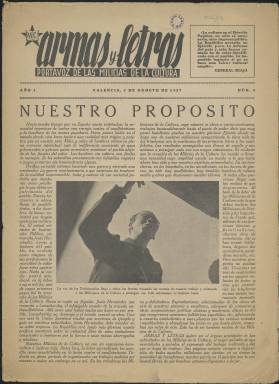
Título: Armas y letras (Valencia)
Colección: Guerra civil || Cultura
Ámbito geográfico: Valencia
Lugar de publicación: Barcelona
Fechas: 01/08/1937-31/10/1938

Publicación del bando republicano durante la Guerra Civil cuya misión declarada era acabar con el analfabetismo entre los soldados del llamado ejército popular. Era el portavoz de las Milicias de la Cultura, es decir, los milicianos que en cada batallón o regimiento se encargaban de dar clases a los analfabetos para enseñarles a leer y a escribir.

   Comenzó a editarse en agosto de 1937, cuando ya había transcurrido un año de guerra y todo parecía indicar que iba a ser larga porque no se vislumbraba todavía un vencedor.

 El lugar de publicación era Valencia, que fue capital cultural de la República en los meses finales de 1936 y casi todo el año 1937. Ante el asedio de Madrid por el bando nacional, el Gobierno republicano se trasladó en noviembre de 1936 a Valencia y con él se trasladaron una buena parte de intelectuales, lo que hizo que Valencia fuera llamada durante ese periodo ‘la ciudad de los sabios’. En julio de 1937 tuvo lugar en Valencia el II Congreso Internacional de Escritores para la Defensa de la Cultura, que reunió a intelectuales de diferentes países.

   Las Milicias de la Cultura fueron creadas por el Ministerio de Instrucción Pública y estaban formadas mayoritariamente por maestros. Las aulas pasaron a ser las trincheras y su misión, las campañas contra el analfabetismo y la ignorancia. Hasta 500 milicianos tenían como arma los libros.

  Armas y Letras comenzó a publicarse mensualmente, pero los números 4 y 5 se editaron conjuntamente en un solo volumen en noviembre y diciembre.

   En el número de octubre, página 2, puede verse un gráfico estadístico con las actividades de las Milicias de la Cultura correspondientes al mes de agosto en distintas ciudades y regiones. Se pueden leer las clases dadas, tanto individuales como colectivas, el número de analfabetos, los que aprendieron a leer y a escribir, las bibliotecas creadas, las conferencias impartidas, etc. Curiosamente, entre las otras actividades realizadas se incluyen las charlas dadas al enemigo desde altavoces.

   La batalla cultural también se extendía a proyección de películas en el frente, audición de discos de gramófono y representaciones teatrales. Entre estas últimas había un grupo de guiñol, lo que se conocía como títeres de cachiporra.

   Precisamente, en el último número de Armas y Letras de 1937 destaca la reproducción en las tres páginas finales del ‘Retablillo de Don Cristóbal’, farsa para guiñol creada por Federico Garcia Lorca, quien había muerto asesinado el año anterior.

A la colección digitalizada inicial de octubre-diciembre de 1937 se agregan, el 16/11/2022, los números 1 y 2 de 1937, y los números 5 y 6 de 1938.

[Descripción modificada el 16/11/2022]